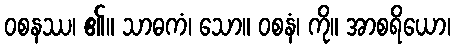
ဝစနဿ၊ ၏။ သာဓကံ၊ သော။ ဝစနံ၊ ကို။ အာစရိယော၊